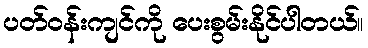
ပတ်ဝန်းကျင်ကို ပေးစွမ်းနိုင်ပါတယ်။